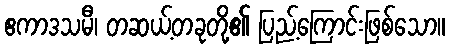
ဧကာဒသမီ၊ တဆယ့်တခုတို့၏ ပြည့်ကြောင်းဖြစ်သော။